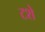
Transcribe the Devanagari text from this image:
टशे